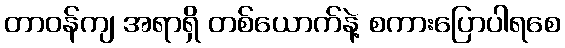
တာဝန်ကျ အရာရှိ တစ်ယောက်နဲ့ စကားပြောပါရစေ